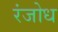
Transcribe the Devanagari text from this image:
रंजोध